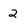
Character: 2